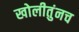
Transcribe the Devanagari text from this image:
खोलीतुंनच